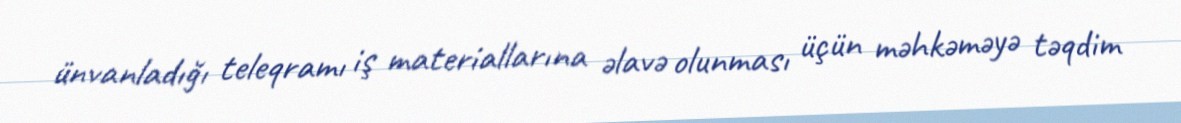
ünvanladığı teleqramı iş materiallarına əlavə olunması üçün məhkəməyə təqdim